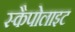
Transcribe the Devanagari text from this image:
स्कैपोलाइट